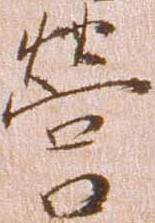
営